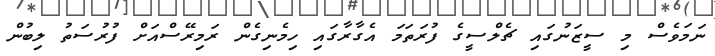
ނަމަވެސް މި ސީޒަނުގައި ޗެލްސީގެ ފުރަތަމަ އެގާރާގައި ހިމެނިގެން ރަމިރޭސްއަށް ފުރުސަތު ލިބުން